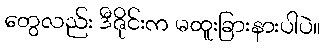
တွေလည်း ဒီဇိုင်းက မထူးခြားနားပါပဲ။